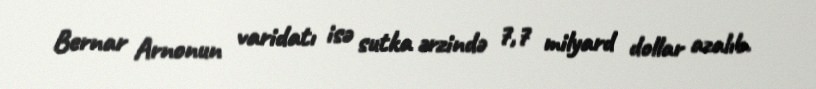
Bernar Arnonun varidatı isə sutka ərzində 7,7 milyard dollar azalıb.